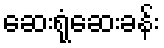
ဆေးရုံဆေးခန်း